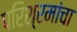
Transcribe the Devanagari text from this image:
परिश्रमांचा